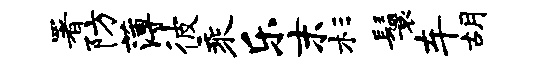
署防薄彼乘乐末杉鬟车胡